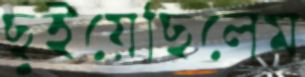
ছুঁইয়েছিলেম